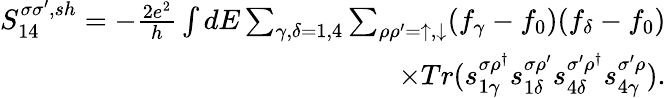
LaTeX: \begin{array}{r}{{S_{14}^{\sigma\sigma^{\prime},sh}}=-\frac{2e^{2}}{h}\int dE\sum_{\gamma,\delta=1,4}\sum_{\rho\rho^{\prime}=\uparrow,\downarrow}(f_{\gamma}-f_{0})(f_{\delta}-f_{0})}\\ {\times Tr(s_{1\gamma}^{\sigma\rho^{\dagger}}s_{1\delta}^{\sigma\rho^{\prime}}s_{4\delta}^{\sigma^{\prime}\rho^{\dagger}}s_{4\gamma}^{\sigma^{\prime}\rho}).}\end{array}